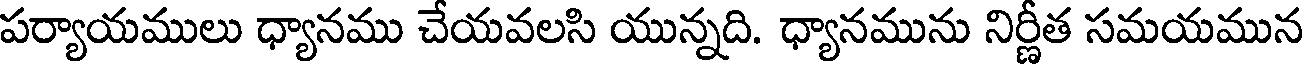
పర్యాయములు ధ్యానము చేయవలసి యున్నది. ధ్యానమును నిర్ణీత సమయమున